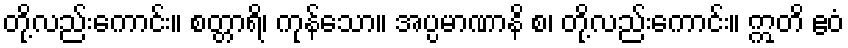
တို့လည်းကောင်း။ စတ္တာရိ၊ ကုန်သော။ အပ္ပမာဏာနိ စ၊ တို့လည်းကောင်း။ ဣတိ ဧဝံ